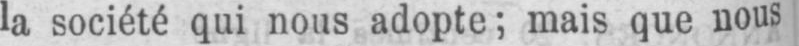
la société qui nous adopte; mais que nous